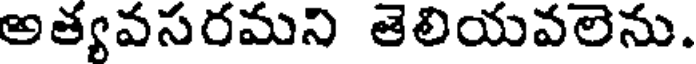
అత్యవసరమని తెలియవలెను.